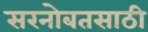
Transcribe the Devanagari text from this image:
सरनोबतसाठी